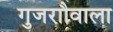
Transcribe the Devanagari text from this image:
गुजराौवाला